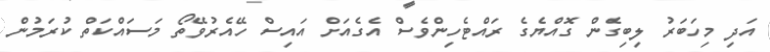
އަދި މިހަބަރު ލިބިގެން ގޮއްޔެގެ ރައްޓެހިންވެސް އެގެއަށް އައިސް ހޭއެރުވޭތޯ މަސައްކަތް ކުރަމުން